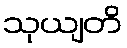
သုယျတိ